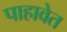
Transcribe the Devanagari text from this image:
पाहावेत